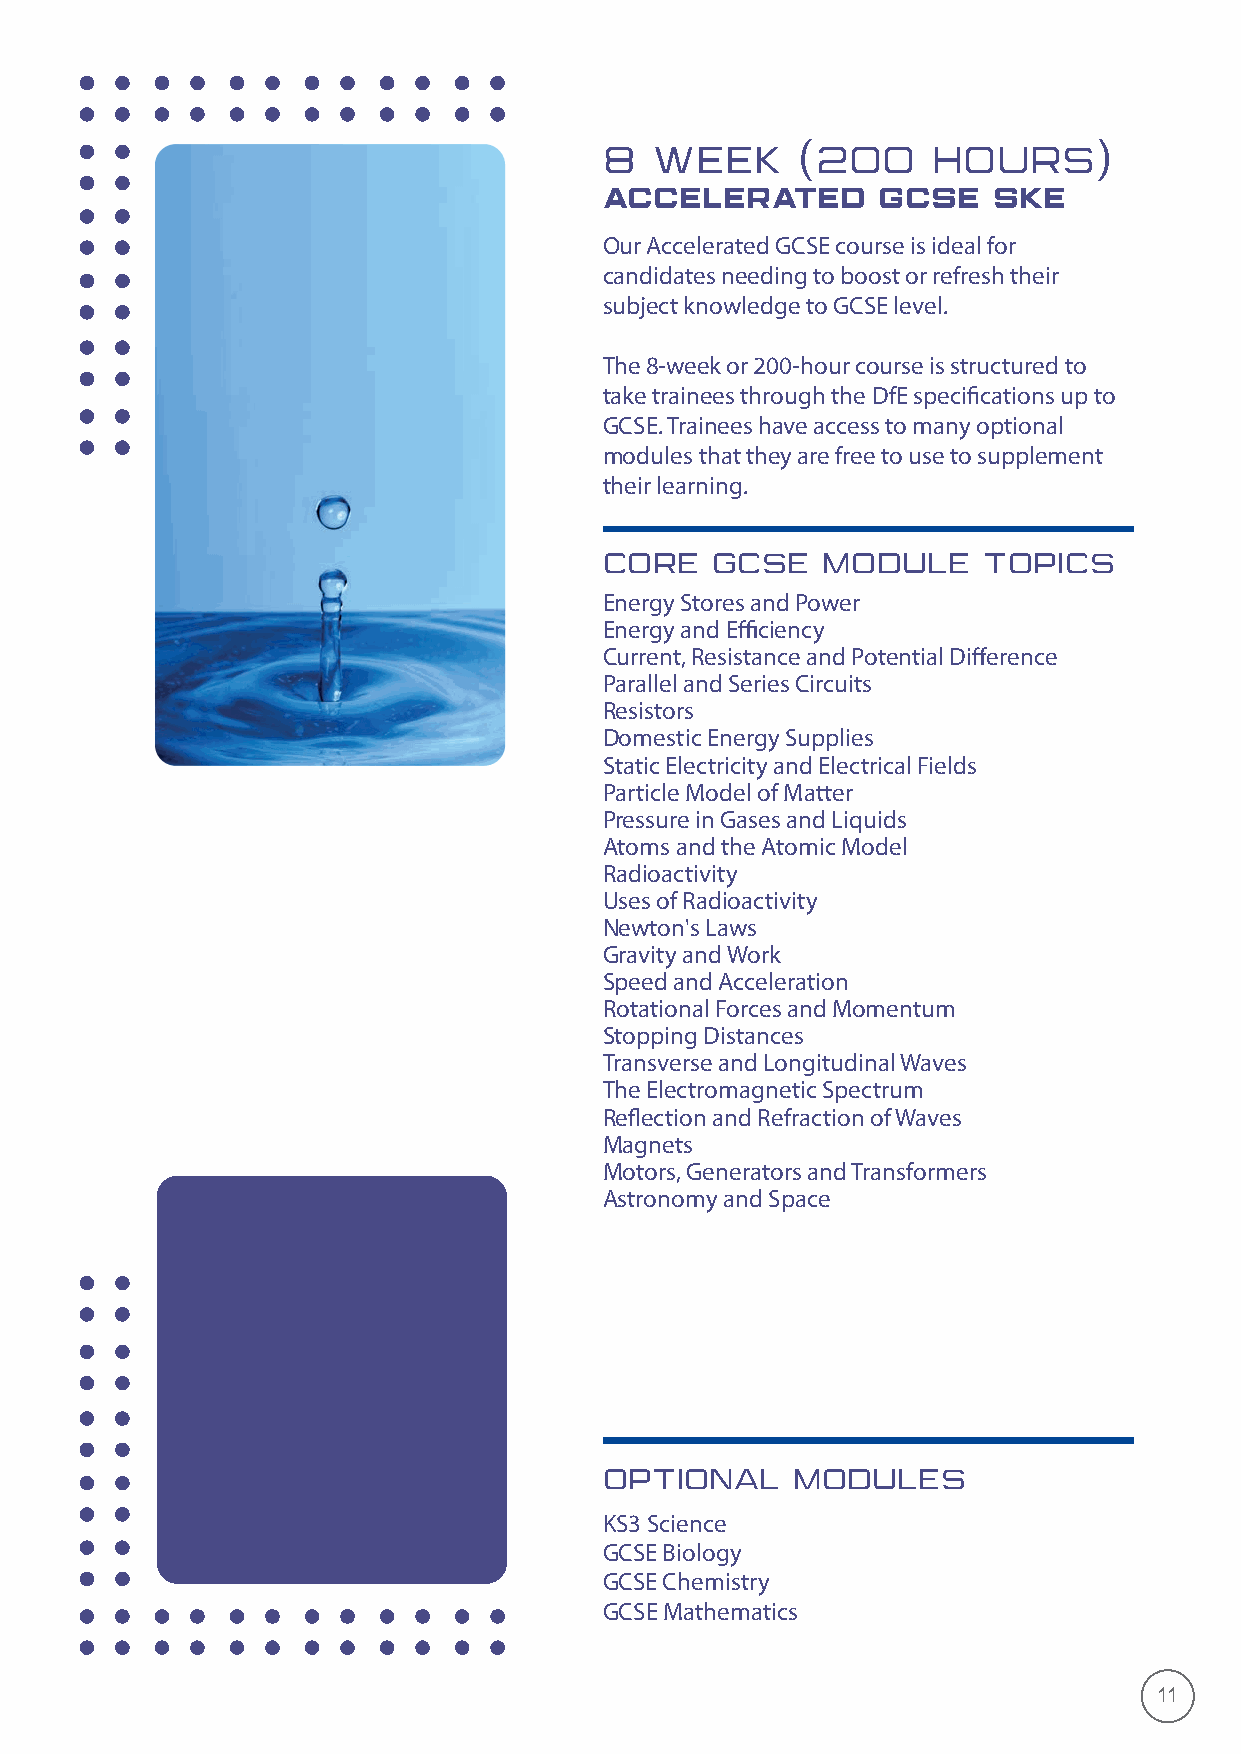
8  WEEK      (200     HOURS)
 ACCELERATED       GCSE    SKE
 Our Accelerated GCSE course is ideal for
 candidates needing to boost or refresh their
 subject knowledge to GCSE level.
 The 8-week or 200-hour course is structured to
 take trainees through the DfE specifications up to
 GCSE. Trainees have access to many optional
 modules that they are free to use to supplement
 their learning.
 CORE   GCSE   MODULE     TOPICS
 Energy Stores and Power
 Energy and Efficiency
 Current, Resistance and Potential Difference
 Parallel and Series Circuits
 Resistors
 Domestic Energy Supplies
 Static Electricity and Electrical Fields
 Particle Model of Matter
 Pressure in Gases and Liquids
 Atoms and the Atomic Model
 Radioactivity
 Uses of Radioactivity
 Newton's Laws
 Gravity and Work
 Speed and Acceleration
 Rotational Forces and Momentum
 Stopping Distances
 Transverse and Longitudinal Waves
 The Electromagnetic Spectrum
 Reflection and Refraction of Waves
 Magnets
 Motors, Generators and Transformers
 Astronomy and Space
 OPTIONAL    MODULES
 KS3 Science
 GCSE Biology
 GCSE Chemistry
 GCSE Mathematics
 11